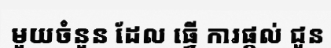
មួយចំនួន ដែល ធ្វើ ការផ្តល់ ជូន